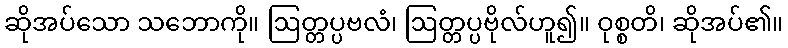
ဆိုအပ်သော သဘောကို။ ဩတ္တပ္ပဗလံ၊ ဩတ္တပ္ပဗိုလ်ဟူ၍။ ဝုစ္စတိ၊ ဆိုအပ်၏။